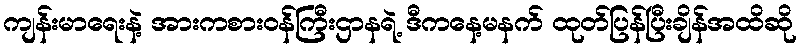
ကျန်းမာရေးနဲ့ အားကစားဝန်ကြီးဌာနရဲ့ ဒီကနေ့မနက် ထုတ်ပြန်ပြီးချိန်အထိဆို